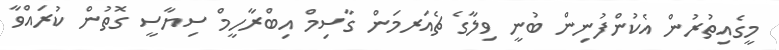
މީގެއިތުރުން އެކުންފުނިން ބުނީ ވިލާގެ ޗެއަރމަން ގާސިމް އިބްރާހީމް ސިޔާސީ ގޮތުން ކުރައްވާ